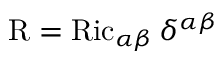
\operatorname { R } = \operatorname { R i c } _ { \alpha \beta } \delta ^ { \alpha \beta }